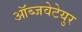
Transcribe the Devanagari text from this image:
ऑब्जवेटेयुर